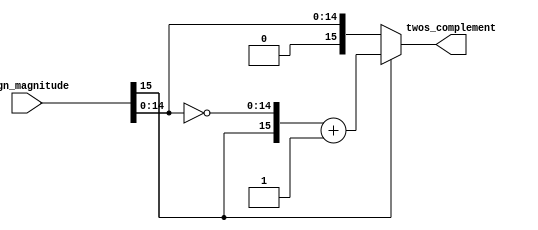
module sign_magnitude_to_twos_complement(twos_complement, sign_magnitude);

output [15:0] twos_complement;
input [15:0] sign_magnitude;

assign twos_complement = sign_magnitude[15] ?
                         {sign_magnitude[15], ~sign_magnitude[14:0]} + 16'b1 :
                         sign_magnitude;

endmodule